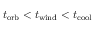
t _ { \mathrm { o r b } } < t _ { \mathrm { w i n d } } < t _ { \mathrm { c o o l } }